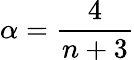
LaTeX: \alpha=\frac{4}{n+3}